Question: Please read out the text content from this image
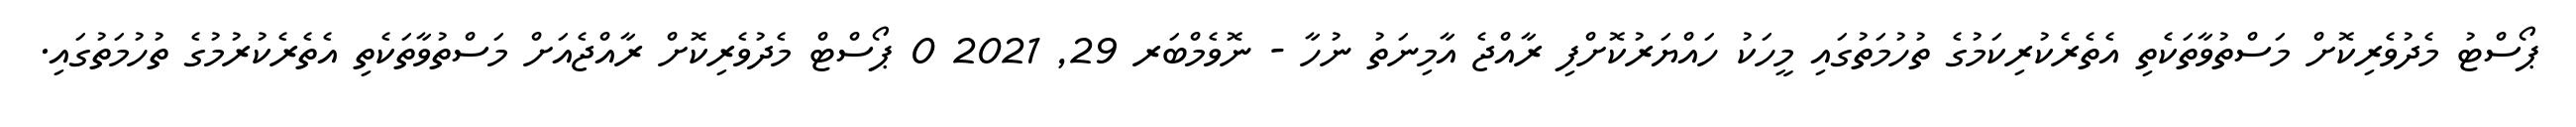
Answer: ޕޯސްޓު މެދުވެރިކޮށް މަސްތުވާތަކެތި އެތެރެކުރިކަމުގެ ތުހުމަތުގައި މީހަކު ހައްޔަރުކޮށްފި ރާއްޖެ އާމިނަތު ނުހާ - ނޮވެމްބަރ 29, 2021 0 ޕޯސްޓް މެދުވެރިކޮށް ރާއްޖެއަށް މަސްތުވާތަކެތި އެތެރެކުރުމުގެ ތުހުމަތުގައި.